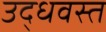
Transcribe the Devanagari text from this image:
उद्धवस्‍त